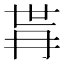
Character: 𭁫